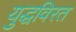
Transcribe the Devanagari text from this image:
युद्धविरत